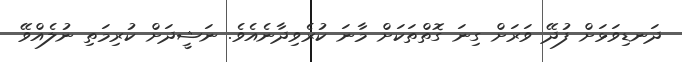
ދަނޑިވަޅަށް ފުދޭ ވަރަށް ގިނަ ގޮތްތަކަށް މާނަ ކުރެވިދާނެއެވެ. ނަޝީދަށް ކުރިމަތި ނުލެއްވޭ